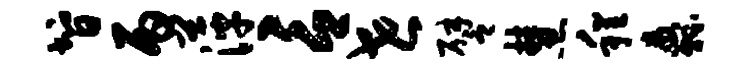
智丙萍言世譬慧程纛